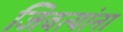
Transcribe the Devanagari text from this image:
जिवत्यांना